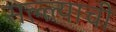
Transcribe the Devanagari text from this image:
सल्ल्याची